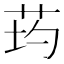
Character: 𦮢